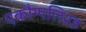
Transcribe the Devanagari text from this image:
एकौम्पलिश्ड